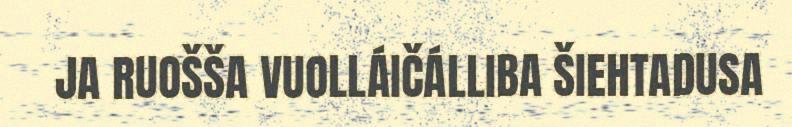
JA RUOŠŠA VUOLLÁIČÁLLIBA ŠIEHTADUSA